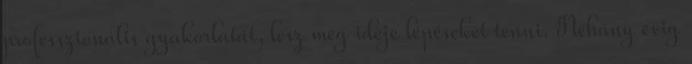
professzionális gyakorlatát, lesz még ideje lépéseket tenni. Néhány évig